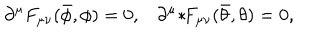
\partial ^ { \mu } F _ { \mu \nu } ( \bar { \phi } , \phi ) = 0 , \partial ^ { \mu } { * } \! F _ { \mu \nu } ( \bar { \theta } , \theta ) = 0 ,